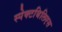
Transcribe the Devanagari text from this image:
स्पेक्टबिलिएस